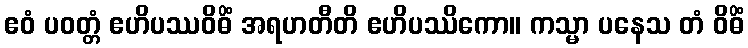
ဧဝံ ပဝတ္တံ ဧဟိပဿဝိဓိံ အရဟတီတိ ဧဟိပဿိကော။ ကသ္မာ ပနေသ တံ ဝိဓိံ